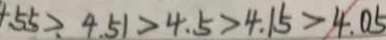
5 5 > 4 . 5 1 > 4 . 5 > 4 . 1 5 > 4 . 0 5